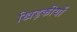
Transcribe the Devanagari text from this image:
खिड़कीयों